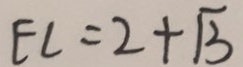
E C = 2 + \sqrt { 3 }